Calcutta medical institutions reports 1871-78
Year: 1871
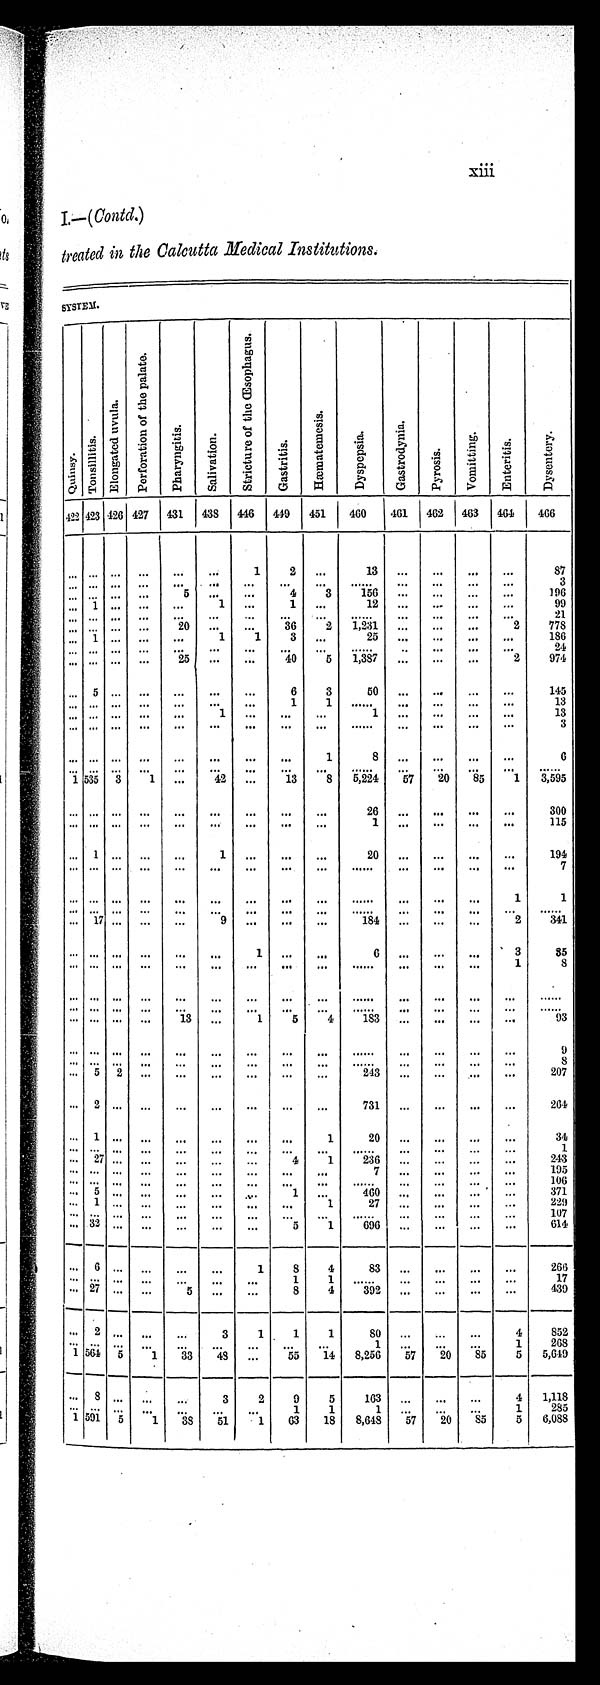
xiii
I.—( Contd.)
treated in the Calcutta Medical Institutions.
SYSTEM.
Qu i n s y .
To n s i l i t i s .
E l o n g a t e d u v u l a .
P e r f o r a t i o n o f t h e p a l a t e .
Pha r yngi t i s .
S a l i v a t i o n .
S t r i c t u r e o f t h e Œ s o p h a g u s .
Gas t r i t i s .
Hæma t e me s i s .
Dys pe ps i a .
G a s t r o d y n i a .
Pyr osi s.
Vp mi t t i n g .
En t e r i t i s .
Dy s e n t e r y .
422 423 426 427 431 438 446 449 451
460
461 462 463 464
466
... ... ... ...
...
...
1
2
. . .
13
...
. . .
. . .
. . .
87
. . .
. . .
... ...
...
...
. . .
. . .
. . .
. . .
...
. . .
. . .
. . .
3
... ... ... ...
5 ...
. . . 4
3
156 ...
. . .
. . .
. . . 196
. . . 1 ... ...
...
1
. . .
1
. . .
1 2
...
. . .
. . .
. . .
99
... ... ... ...
...
...
...
...
...
. . .
...
...
...
...
21
. . . . . . ...
...
20 ...
. . . 36
2 1,231 ...
...
...
2
778
. . . 1 ... ...
...
1
1
3
. . .
2 5
...
. . .
. . .
. . . 186
. . .
. . .
... ...
...
...
. . .
. . .
. . .
. . . ...
...
. . .
. . .
24
. . . . . . ... ...
25 ...
. . . 40
5
1,387 ...
...
...
. . .
974
. . .
5
... ...
...
...
. . .
6
3
50
...
. . .
. . .
. . .
145
. . .
. . .
... ...
...
...
...
1
1
. . . ...
...
...
...
13
. . .
... ...
...
...
...
1 ...
...
...
1 ...
. . .
. . .
. . .
13
... ... ... ...
...
...
. . .
. . . ...
...
. . . ...
...
3
. . .
. . .
... ...
...
...
. . .
. . . 1
8 ...
. . .
. . .
. . .
6
. . .
. . .
... ...
... ...
. . .
. . .
. . .
. . .
...
. . .
. . .
. . .
. . .
1 535 3
1 ...
42 ...
13
8
5 , 2 2 4 57
20
85
1
3 , 5 9 5
. . .
. . .
... ...
...
...
. . .
. . .
. . .
26
...
. . .
. . .
. . . 300
... ... ... ...
...
...
...
...
...
1 ...
. . .
. . .
. . . 115
. . . 1
... ...
...
1 ...
...
...
2 0
...
. . .
. . .
. . . 194
. . .
. . .
... ...
...
...
. . .
. . .
. . .
. . .
...
. . .
. . .
. . .
7
. . .
. . .
... ...
...
...
. . .
. . .
. . .
. . .
...
. . .
. . . 1
1
. . .
. . .
... ...
...
...
. . .
. . .
. . .
. . .
...
. . .
. . .
. . .
. . .
. . .
1 7
... ...
...
9
. . .
. . .
. . .
1 8 4
...
. . .
. . . 2
341
. . .
. . .
... ...
...
...
1
. . .
. . .
6 ...
...
...
3
85
. . .
. . .
... ...
...
...
. . .
. . .
. . .
. . .
...
. . .
. . . 1
8
. . .
. . .
... ...
...
...
. . .
. . .
. . .
. . .
...
. . .
. . .
. . .
. . .
. . .
. . .
... ...
...
...
. . .
. . .
. . .
. . .
...
. . .
. . .
. . .
. . .
... ... ... ...
13 ...
1
5
4
183 ...
...
...
...
93
. . .
. . .
... ...
...
...
. . .
. . .
. . .
. . .
...
. . .
. . .
. . .
9
... ... ... ...
...
...
. . .
. . .
. .
. . . ...
...
...
...
8
... 5 2 ...
...
...
...
...
...
243 ...
...
...
...
207
. . . 2 ... ...
...
...
. . .
. . .
. . .
7 3 1 ...
...
...
...
2 6 4
. . .
1 ... ...
...
...
. . .
. . .
1
20
...
. . .
. . .
. . .
34
...
. . . ... ...
...
...
...
...
. . .
. . . ...
...
...
. . .
1
... 27 ... ...
...
...
...
4
1
236 ...
...
...
...
243
. . .
. . .
... ...
...
...
. . .
. . .
. . .
7
...
. . .
. . .
. . . 195
. . . . . . ... ...
...
...
. . .
. . .
. . .
. . . ...
. . .
. . . ...
106
. . .
5 ... ...
...
...
. . . 1 ...
460 . ..
. . .
. . . ...
371
. . . 1 ... ...
...
...
. . .
. . . 1
27 ...
...
...
...
229
. . .
... ...
...
...
. . . ...
...
. . .
...
...
...
...
107
...
3 2
... ...
...
...
...
5
1
696 ...
. . .
. . .
. . .
6 1 4
. . .
6 ...
...
...
...
1
8
4
83
...
. . .
. . .
. . .
266
. . .
. . .
... ...
...
...
. . . 1
1
. . . ...
...
...
...
17
. . .
2 7 ... ...
5 ...
...
8
4
392 ...
. . .
. . .
. . .
439
. . . 2
. . .
...
...
3
1
1
1
80 ...
...
...
4
852
. . . ... . . . ...
...
...
. . .
. . .
. . .
1 ...
. . .
. . .
1
268
1 564 5 1
33 48 ...
5 5 14 8,256
57
20
8 5
5
5,649
. . .
8 ...
...
...
3
2
9
5
163 ...
...
...
4 1,118
. . . . . .
. . . ...
...
...
. . . 1
1
1 ...
. . .
. . .
1
285
1 591 5
1 38 51
1
63
18 8,648
57
20
85
5
6,088